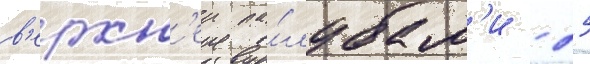
в'ерхн'еи па́лубам'и - 25